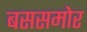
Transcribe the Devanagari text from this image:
बससमोर